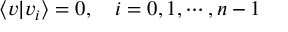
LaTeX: \langle v | v _ { i } \rangle = 0 , \quad i = 0 , 1 , \cdots , n - 1